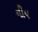
નીય